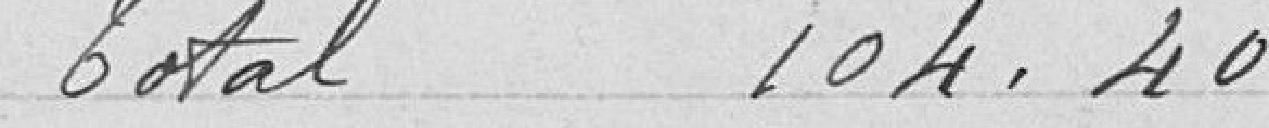
Total 104,40